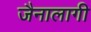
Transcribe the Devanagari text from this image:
जैनालागी